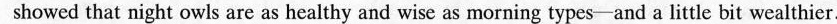
showed that night owls are as healthy and wise as morning types--and a little bit wealthier.